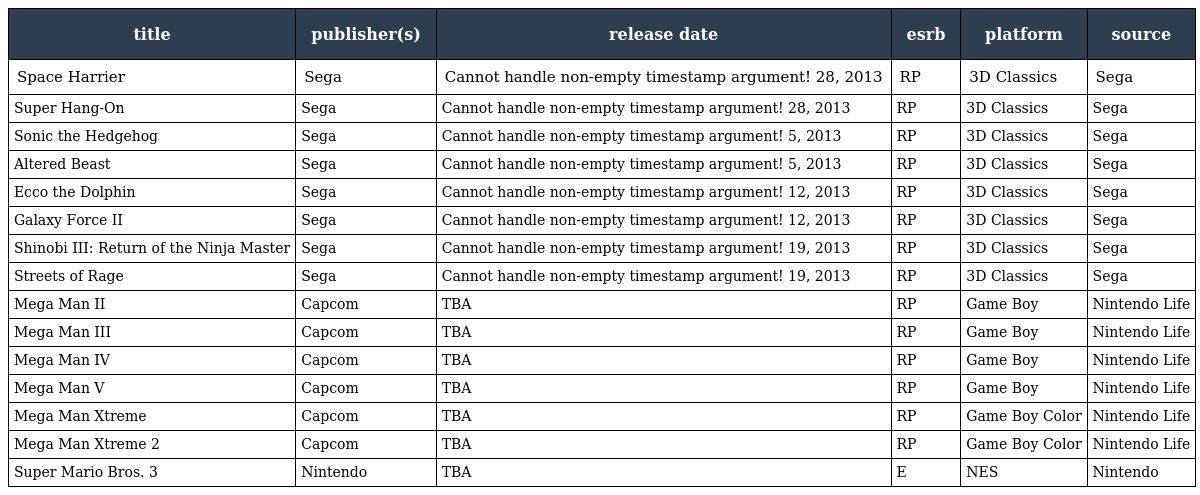
| title | publisher(s) | release date | esrb | platform | source |
 | --- | --- | --- | --- | --- | --- |
 | Space Harrier | Sega | Cannot handle non-empty timestamp argument! 28, 2013 | RP | 3D Classics | Sega |
 | Super Hang-On | Sega | Cannot handle non-empty timestamp argument! 28, 2013 | RP | 3D Classics | Sega |
 | Sonic the Hedgehog | Sega | Cannot handle non-empty timestamp argument! 5, 2013 | RP | 3D Classics | Sega |
 | Altered Beast | Sega | Cannot handle non-empty timestamp argument! 5, 2013 | RP | 3D Classics | Sega |
 | Ecco the Dolphin | Sega | Cannot handle non-empty timestamp argument! 12, 2013 | RP | 3D Classics | Sega |
 | Galaxy Force II | Sega | Cannot handle non-empty timestamp argument! 12, 2013 | RP | 3D Classics | Sega |
 | Shinobi III: Return of the Ninja Master | Sega | Cannot handle non-empty timestamp argument! 19, 2013 | RP | 3D Classics | Sega |
 | Streets of Rage | Sega | Cannot handle non-empty timestamp argument! 19, 2013 | RP | 3D Classics | Sega |
 | Mega Man II | Capcom | TBA | RP | Game Boy | Nintendo Life |
 | Mega Man III | Capcom | TBA | RP | Game Boy | Nintendo Life |
 | Mega Man IV | Capcom | TBA | RP | Game Boy | Nintendo Life |
 | Mega Man V | Capcom | TBA | RP | Game Boy | Nintendo Life |
 | Mega Man Xtreme | Capcom | TBA | RP | Game Boy Color | Nintendo Life |
 | Mega Man Xtreme 2 | Capcom | TBA | RP | Game Boy Color | Nintendo Life |
 | Super Mario Bros. 3 | Nintendo | TBA | E | NES | Nintendo |